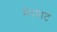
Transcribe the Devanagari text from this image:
मेदपाट